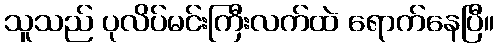
သူသည် ပုလိပ်မင်းကြီးလက်ထဲ ရောက်နေပြီ။